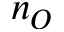
n _ { O }